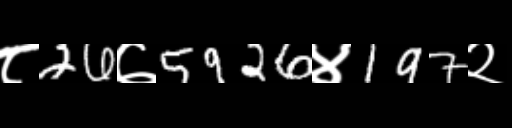
Text: ८26७5926४197२